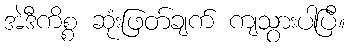
အဲဒီကိစ္စ ဆုံးဖြတ်ချက် ကျသွားပါပြီ။